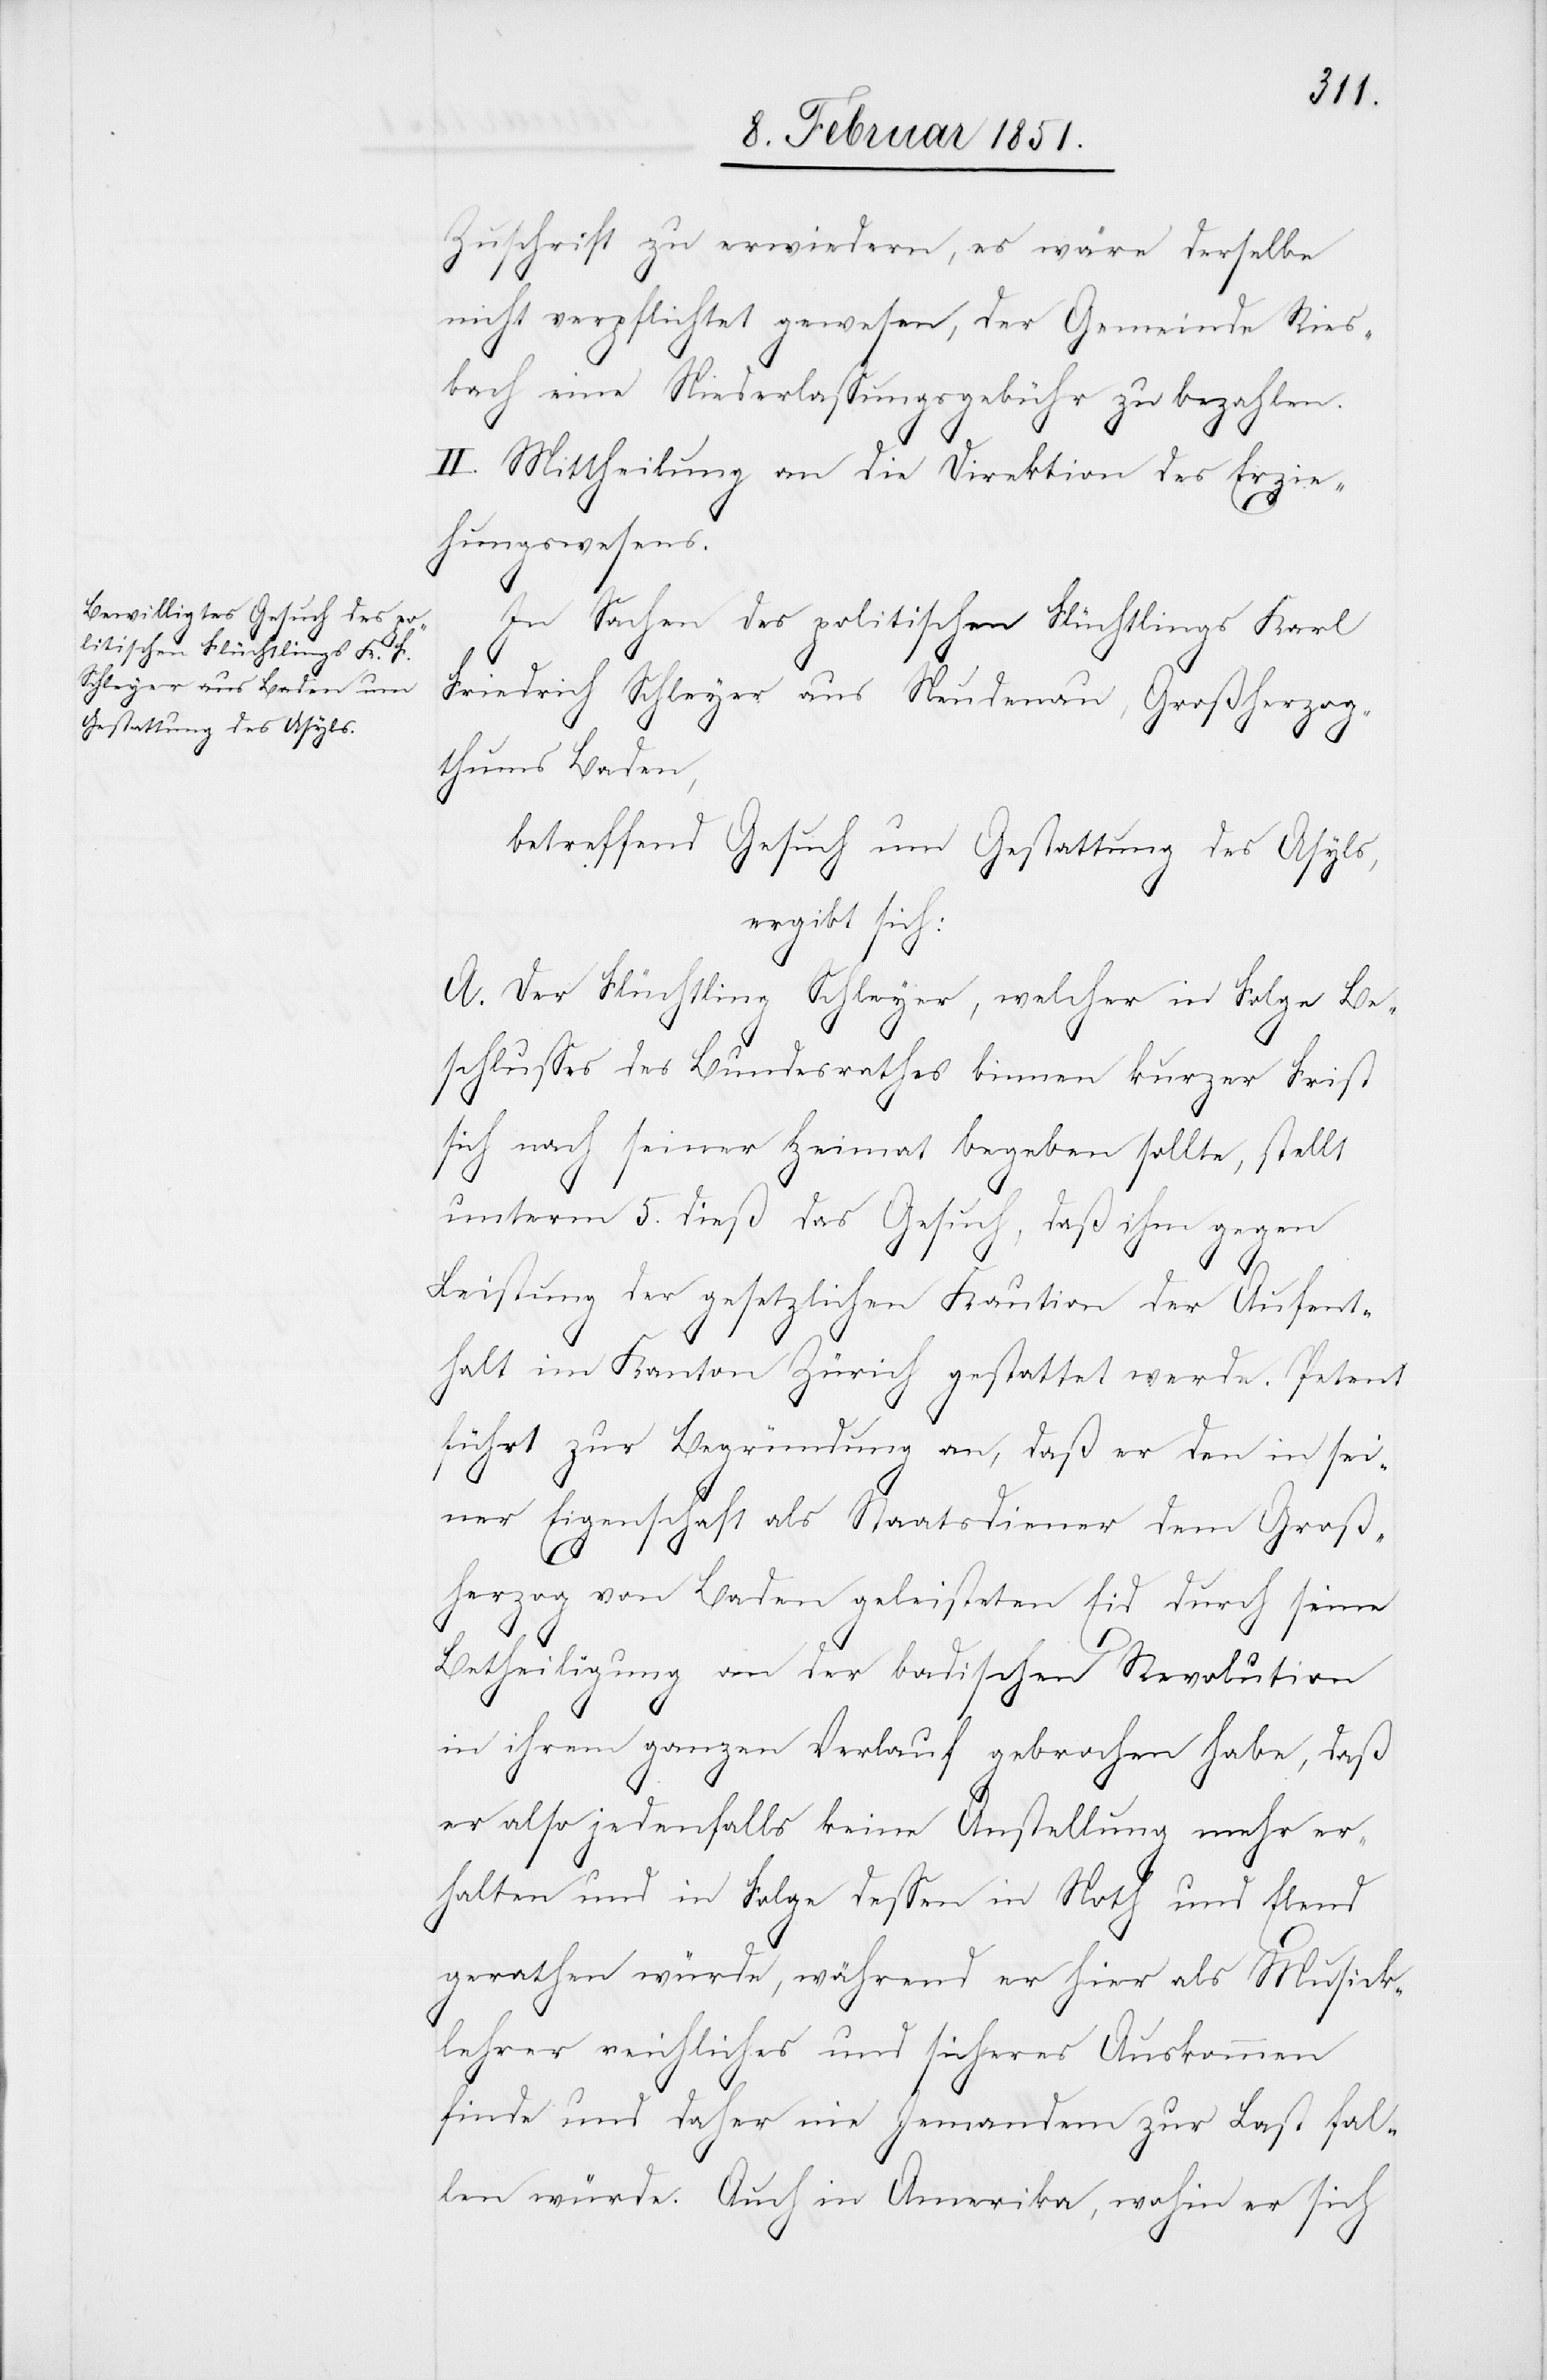
Zuschrift zu erwiedern, es wäre derselbe
nicht verpflichtet gewesen, der Gemeinde Ries¬
bach eine Niederlassungsgebühr zu bezahlen.
II. Mittheilung an die Direktion des Erzie¬
hungswesens.
In Sachen des politischen Flüchtlings Karl
Friedrich Schleyer aus Neudenau, Großherzog¬
thums Baden,
betreffend Gesuch um Gestattung des Asyls,
ergibt sich:
A. Der Flüchtling Schleyer, welcher in Folge Be¬
schlusses des Bundesrathes binnen kurzer Frist
sich nach seiner Heimat begeben sollte, stellt
unterm 5. dieß das Gesuch, daß ihm gegen
Leistung der gesetzlichen Kaution der Aufent¬
halt im Kanton Zürich gestattet werde. Petent
führt zur Begründung an, daß er den in sei¬
ner Eigenschaft als Staatsdiener dem Groß¬
herzog von Baden geleisteten Eid durch seine
Betheiligung an der badischen Revolution
in ihrem ganzen Verlauf gebrochen habe, daß
er also jedenfalls keine Anstellung mehr er¬
halten und in Folge dessen in Noth und Elend
gerathen würde, während er hier als Musick¬
lehrer reichliches und sicheres Auskommen
finde und daher nie Jemandem zur Last fal¬
len würde. Auch in Amerika, wohin er sich